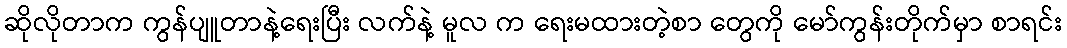
ဆိုလိုတာက ကွန်ပျူတာနဲ့ရေးပြီး လက်နဲ့ မူလ က ရေးမထားတဲ့စာ တွေကို မော်ကွန်းတိုက်မှာ စာရင်း